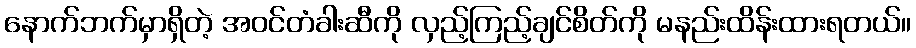
နောက်ဘက်မှာရှိတဲ့ အဝင်တံခါးဆီကို လှည့်ကြည့်ချင်စိတ်ကို မနည်းထိန်းထားရတယ်။